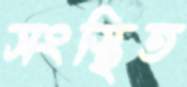
সংস্থিত